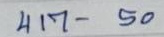
417 - 50